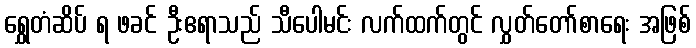
ရွှေတံဆိပ် ရ ဖခင် ဦးဧရာသည် သီပေါမင်း လက်ထက်တွင် လွှတ်တော်စာရေး အဖြစ်